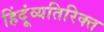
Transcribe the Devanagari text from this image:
हिंदूंव्यतिरिक्त